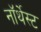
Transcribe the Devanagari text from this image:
नॉर्थेस्ट